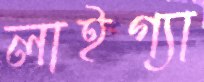
লাইগ্যা